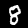
Label: 8